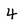
Character: 4